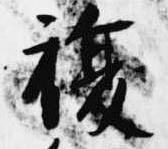
復